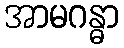
အာမဂန္ဓာ